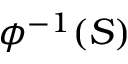
\phi ^ { - 1 } ( S )